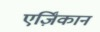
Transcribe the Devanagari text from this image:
एर्ज़िंकान